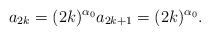
LaTeX: \begin{align*}a_{2k}= (2k)^{\alpha_{0}} a_{2k+1}= (2k)^{\alpha_{0}}.\end{align*}